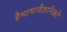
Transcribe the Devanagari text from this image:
हैभाषावैज्ञानिकों